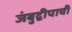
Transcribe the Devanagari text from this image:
जंबुद्वीपाची